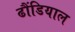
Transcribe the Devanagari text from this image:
ढौंडियाल